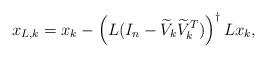
LaTeX: \begin{align*}x_{L,k} = x_k-\left(L(I_n -\widetilde{V}_k\widetilde{V}_k^T)\right)^{\dag}Lx_k,\end{align*}